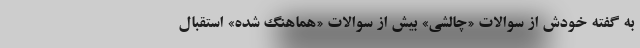
به گفته خودش از سوالات «چالشي» بيش از سوالات «هماهنگ شده» استقبال